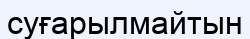
суғарылмайтын